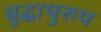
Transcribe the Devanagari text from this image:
बुद्धापुरुप